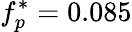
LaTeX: f_{p}^{*}=0.085